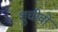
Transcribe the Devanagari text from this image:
शुचीवो